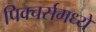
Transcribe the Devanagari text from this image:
पिक्चर्समध्ये